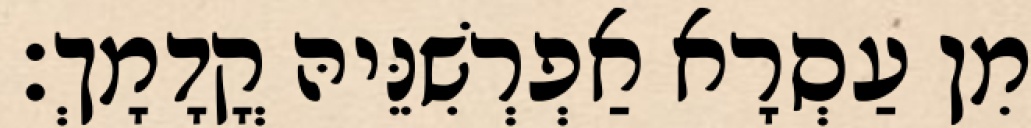
מִן עַסְרָא אַפְרְשִׁנֵּיהּ קֳדָמָךְ׃